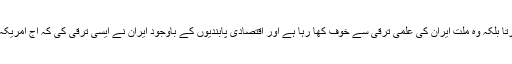
انہوں نے کہا کہ امریکہ ایران کے ایٹم بم سے نہیں ڈرتا بلکہ وہ ملتِ ایران کی علمی ترقی سے خوف کھا رہا ہے اور اقتصادی پابندیوں کے باوجود ایران نے ایسی ترقی کی کہ آج امریکہ ایران کی طرف ٹیڑھی آنکھ سے نہیں دیکھ سکتا ہے۔